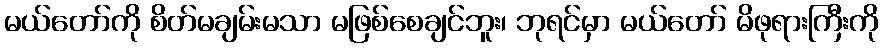
မယ်တော်ကို စိတ်မချမ်းမသာ မဖြစ်စေချင်ဘူး၊ ဘုရင်မှာ မယ်တော် မိဖုရားကြီးကို